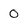
Character: O